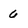
Character: 6